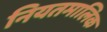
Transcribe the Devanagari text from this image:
नियतमालिक